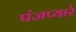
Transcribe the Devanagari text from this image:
पंजप्यारे